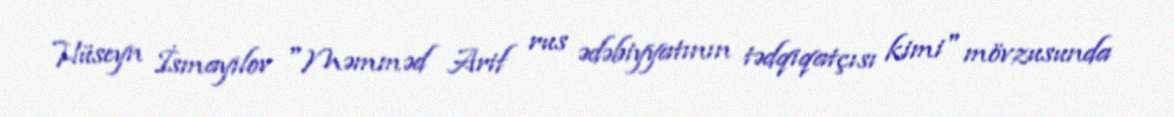
Hüseyn İsmayılov "Məmməd Arif rus ədəbiyyatının tədqiqatçısı kimi" mövzusunda